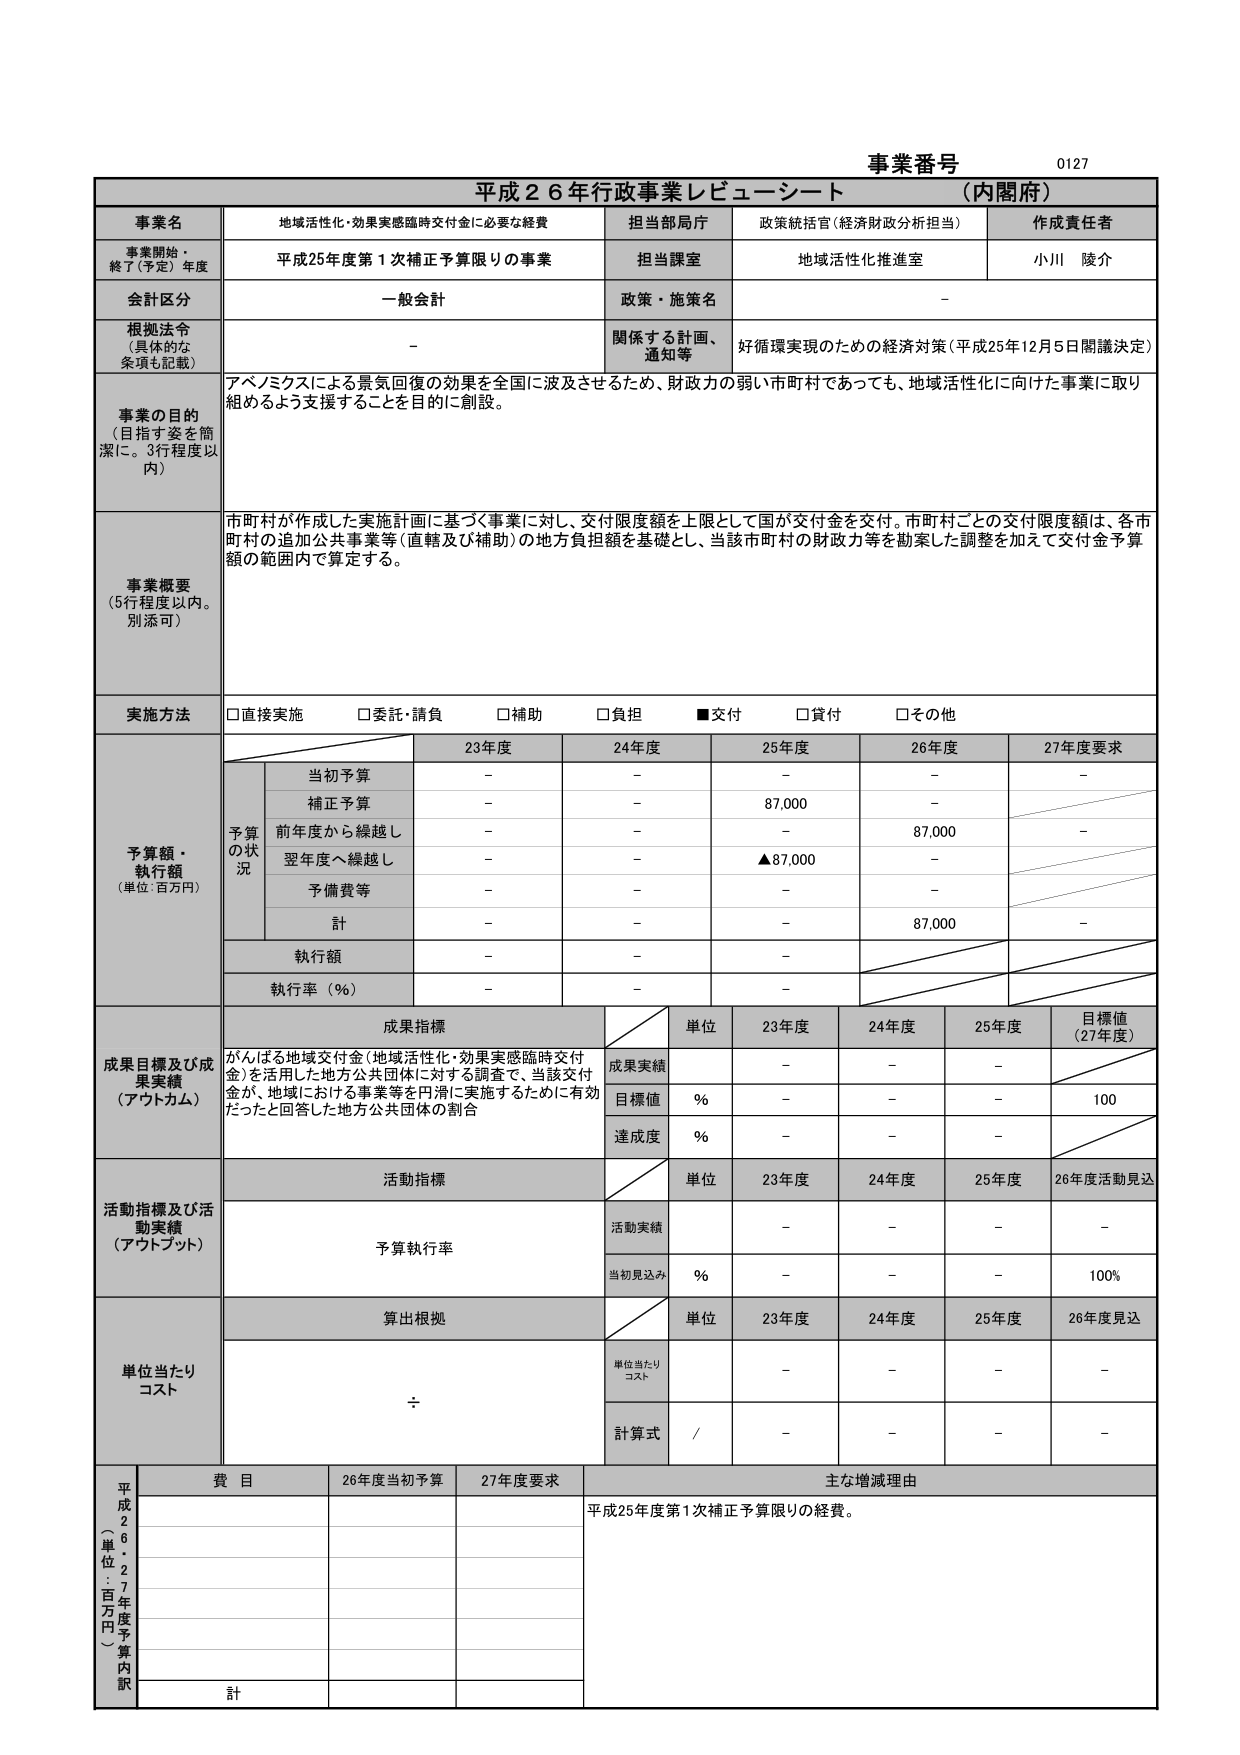
事業番号 0127
平成26年行政事業レビューーシート （内閣府）

事業名 地域活性化・効果実感臨時交付金に必要な経費
担当部局庁 政策統括官（経済財政分析担当）
作成責任者 小川 陵介

事業開始・終了（予定）年度 平成25年度第1次補正予算限りの事業
担当課室 地域活性化推進室

会計区分 一般会計
政策・施策名 -

根拠法令（具体的な条項も記載） -
関係する計画、通知等 好循環実現のための経済対策（平成25年12月5日閣議決定）

事業の目的（目指す姿を簡潔に。3行程度以内）
アベノミクスによる景気回復の効果を全国に波及させるため、財政力の弱い市町村であっても、地域活性化に向けた事業に取り組めるよう支援することを目的に創設。

事業概要（5行程度以内。別添可）
市町村が作成した実施計画に基づく事業に対し、交付限度額を上限として国が交付金を交付。市町村ごとの交付限度額は、各市町村の追加公共事業等（直轄及び補助）の地方負担額を基礎とし、当該市町村の財政力等を勘案した調整を加えて交付金予算額の範囲内で算定する。

実施方法
□直接実施 □委託・請負 □補助 □負担 ■交付 □貸付 □その他

予算額・執行額（単位：百万円）
予算の状況
23年度 24年度 25年度 26年度 27年度要求
当初予算 - - - - -
補正予算 - - 87,000 -
前年度から繰越し - - - 87,000 -
翌年度へ繰越し - - ▲87,000 -
予備費等 - - - -
計 - - - 87,000 -
執行額 - - -
執行率（％） - - -

成果目標及び成果実績（アウトカム）
成果指標
単位 23年度 24年度 25年度 目標値（27年度）
がんばる地域交付金（地域活性化・効果実感臨時交付金）を活用した地方公共団体に対する調査で、当該交付金が、地域における事業等を円滑に実施するために有効だったと回答した地方公共団体の割合
成果実績 - - -
目標値 ％ - - - 100
達成度 ％ - - -

活動指標及び活動実績（アウトプット）
活動指標
単位 23年度 24年度 25年度 26年度活動見込
予算執行率
活動実績 - - - -
当初見込み ％ - - - 100%

単位当たりコスト
算出根拠
単位 23年度 24年度 25年度 26年度見込
単位当たりコスト - - - -
計算式 / - - - -

平成26・27年度予算内訳（単位：百万円）
費目 26年度当初予算 27年度要求 主な増減理由
計
平成25年度第1次補正予算限りの経費。